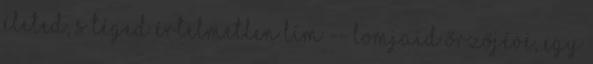
életed, s téged értelmetlen lím -- lomjaid őrzőjévé, egy